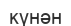
күнән